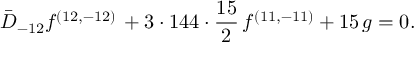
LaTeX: { \bar { D } _ { - 1 2 } f ^ { ( 1 2 , - 1 2 ) } \, + 3 \cdot 1 4 4 \cdot { \frac { 1 5 } { 2 } } \, f ^ { ( 1 1 , - 1 1 ) } + 1 5 \, g = 0 . }